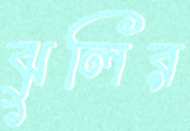
ঝুলির